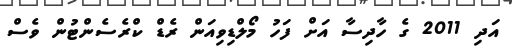
އަދި 2011 ގެ ހާދިސާ އަށް ފަހު މޯލްޑިވިއަން ރެޑް ކްރެސެންޓުން ވެސް